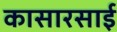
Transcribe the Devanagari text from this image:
कासारसाई